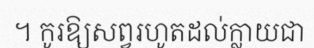
។ កូរឱ្យសព្វរហូតដល់ក្លាយជា